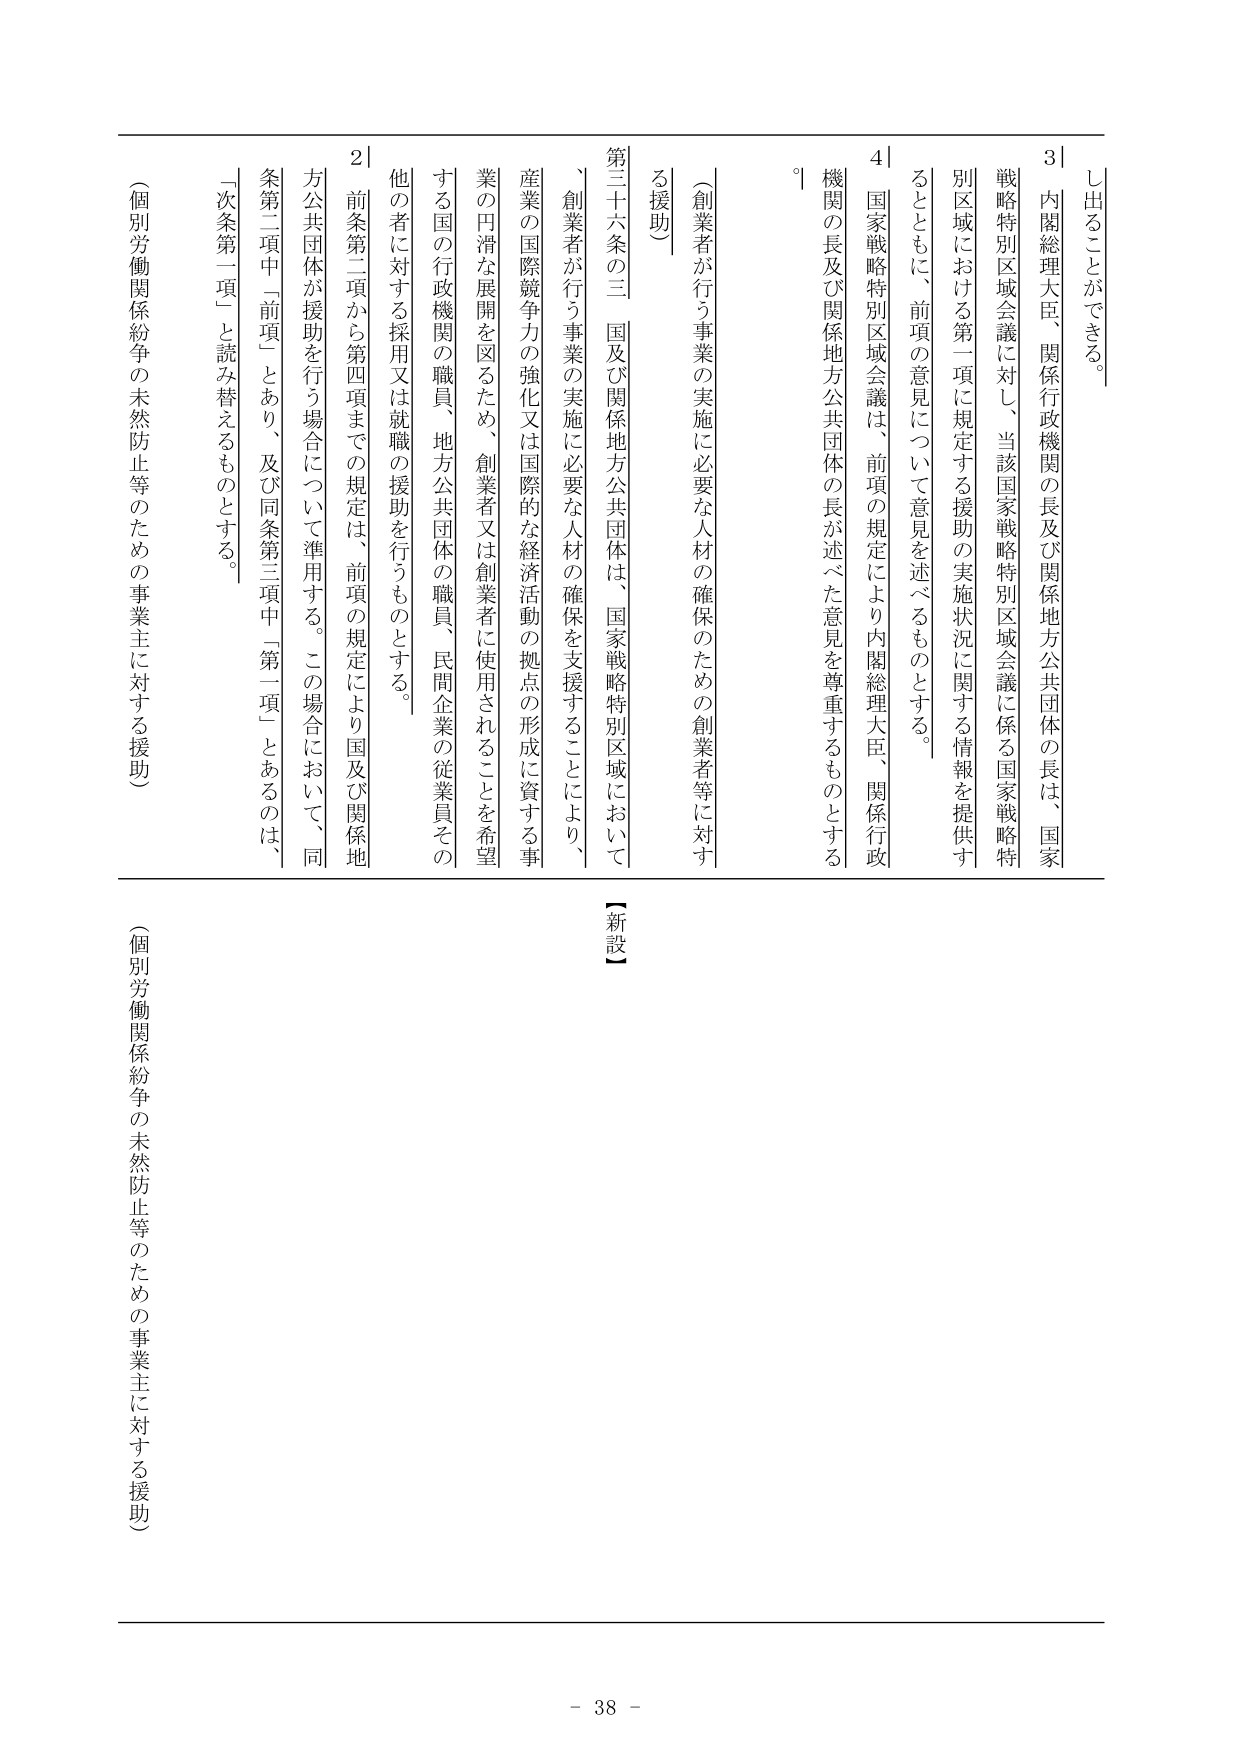
し出ることができる。

3｜内閣総理大臣、関係行政機関の長及び関係地方公共団体の長は、国家戦略特別区域会議に対し、当該国家戦略特別区域会議に係る国家戦略特別区域における第一項に規定する援助の実施状況に関する情報を提供するとともに、前項の意見について意見を述べるものとする。

4｜国家戦略特別区域会議は、前項の規定により内閣総理大臣、関係行政機関の長及び関係地方公共団体の長が述べた意見を尊重するものとする。

（創業者が行う事業の実施に必要な人材の確保のための創業者等に対する援助）

第三十六条の三 国及び関係地方公共団体は、国家戦略特別区域において、創業者が行う事業の実施に必要な人材の確保を支援することにより、産業の国際競争力の強化又は国際的な経済活動の拠点の形成に資する事業の円滑な展開を図るため、創業者又は創業者に使用されることを希望する国の行政機関の職員、地方公共団体の職員、民間企業の従業員その他の者に対する採用又は就職の援助を行うものとする。

2｜前条第二項から第四項までの規定は、前項の規定により国及び関係地方公共団体が援助を行う場合について準用する。この場合において、同条第二項中「前項」とあり、及び同条第三項中「第一項」とあるのは、「次条第一項」と読み替えるものとする。

（個別労働関係紛争の未然防止等のための事業主に対する援助）

【新設】

（個別労働関係紛争の未然防止等のための事業主に対する援助）

- 38 -